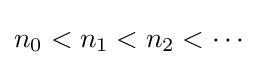
n_{0}<n_{1}<n_{2}<\cdots